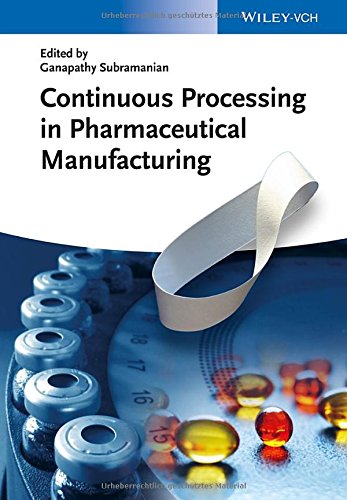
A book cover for Continuous Processing in Pharmaceutical Manufacturing; Ganapathy Subramanian; Medical Books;